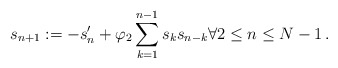
\begin{align*}s_{n+1} := -s_n'+\varphi_2 \sum_{k=1}^{n-1}s_ks_{n-k}\forall 2\leq n\leq N-1\,.\end{align*}